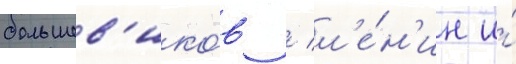
большев'ико́в / л'е́н'ин и́